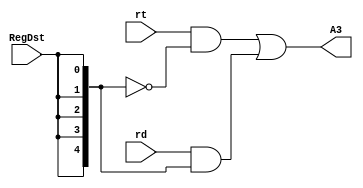
`timescale 1ns / 1ps
//////////////////////////////////////////////////////////////////////////////////
// Company: 
// Engineer: 
// 
// Design Name: 
// Module Name: Rdorrt
// Project Name: 
// Target Devices: 
// Tool Versions: 
// Description: 
// 
// Dependencies: 
// 
// Revision:
// Revision 0.01 - File Created
// Additional Comments:
// 
//////////////////////////////////////////////////////////////////////////////////


module Rdorrt(rt,rd,RegDst,A3);
    input RegDst;
    input [4:0]rt,rd;
    output [4:0]A3;
    wire [4:0]extenedRegDst={{4{RegDst}}, RegDst};
    assign A3 = (rt&~extenedRegDst)|(rd&extenedRegDst);    
endmodule